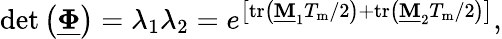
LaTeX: \mathrm{det}\left(\underline{{\boldsymbol{\Phi}}}\right)=\lambda_{1}\lambda_{2}=e^{\left[\mathrm{tr}\left(\mathbf{\underline{{M}}}_{1}T_{\mathrm{m}}/2\right)+\mathrm{tr}\left(\mathbf{\underline{{M}}}_{2}T_{\mathrm{m}}/2\right)\right]},